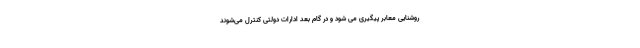
روشنایی معابر پیگیری می شود و در گام بعد ادارات دولتی کنترل می‌شوند